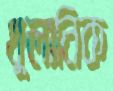
থুলানিক